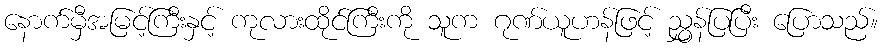
နောက်မှီအမြင့်ကြီးနှင့် ကုလားထိုင်ကြီးကို သူက ဂုဏ်ယူဟန်ဖြင့် ညွှန်ပြပြီး ပြောသည်။